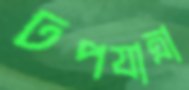
ঢপযাত্রা